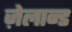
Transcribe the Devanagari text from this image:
ज़ेलान्ड